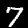
Digit: 7